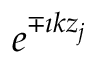
e ^ { \mp \imath k z _ { j } }